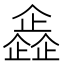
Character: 𠐰